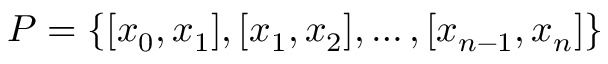
P = \left\{ [ x _ { 0 } , x _ { 1 } ] , [ x _ { 1 } , x _ { 2 } ] , \dots , [ x _ { n - 1 } , x _ { n } ] \right\}